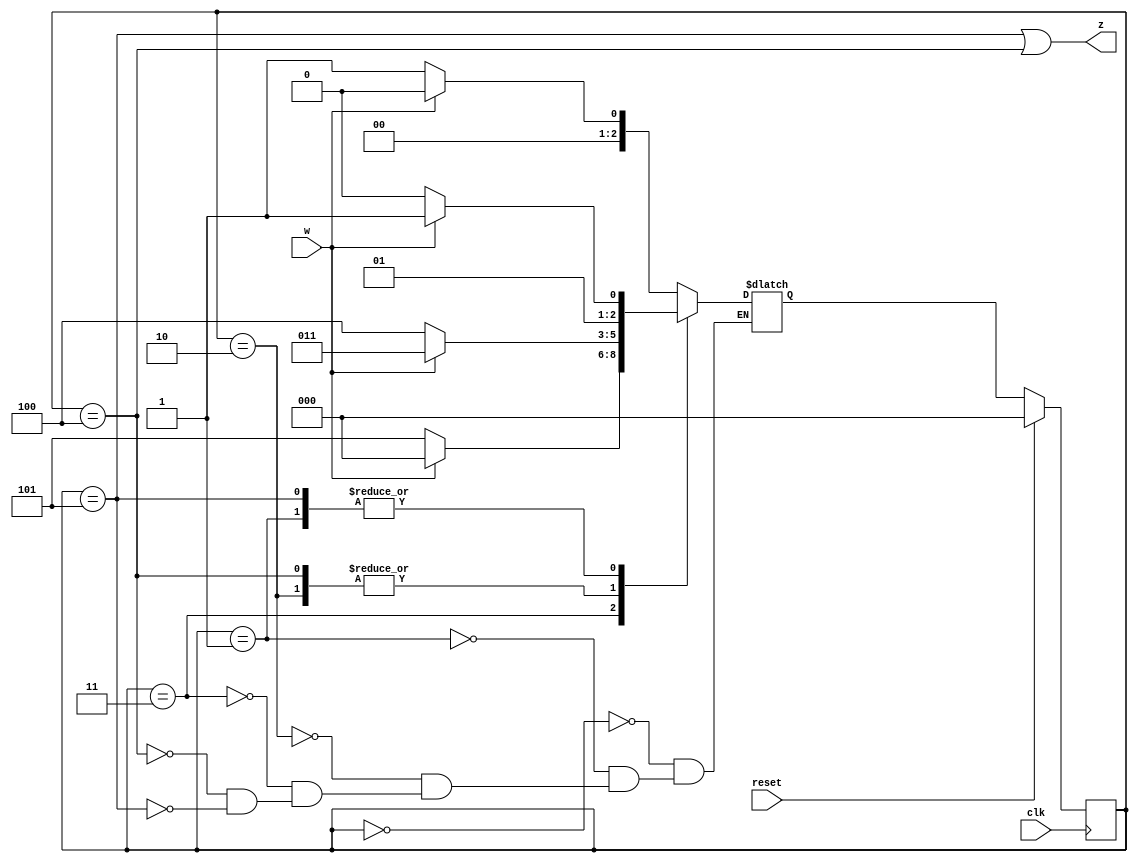
module top_module (
    input clk,
    input reset,     // synchronous reset
    input w,
    output z);
    
    parameter A=0, B=1, C=2, D=3, E=4, F=5;
    reg [3:1] state, next;
    
    always @ (*) begin
        case (state)
            A: next = w ? A : B;
            B: next = w ? D : C;
            C: next = w ? D : E;
            D: next = w ? A : F;
            E: next = w ? D : E;
            F: next = w ? D : C;
        endcase
    end
    
    always @ (posedge clk) begin
        if (reset) state <= A;
        else state <= next;
    end
    
    assign z = state == F | state == E;

endmodule